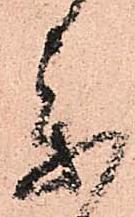
参